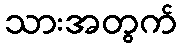
သားအတွက်